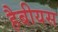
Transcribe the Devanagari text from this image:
हैबीयस